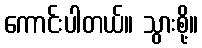
ကောင်းပါတယ်။ သွားစို့။